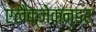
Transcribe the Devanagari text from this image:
एलैक्जेकन्डर